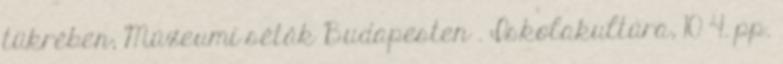
tükrében; Múzeumi séták Budapesten . Iskolakultúra, 10 4. pp.